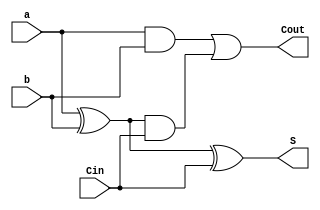
module FA(
    input a,
    input b,
    input Cin,
    output reg S,
    output reg Cout
);
    always @*
    begin
        S = a ^ b ^ Cin;
        Cout =  a&b | ((a^b) & Cin);
    end
endmodule

module RippleCarryAdder_16Bit(
	input [15:0]a,
	input [15:0]b,
	input Cin,
	output [15:0]S,
	output  Cout
);
	wire [16:0] Carry;
	wire [15:0] Sum;

	assign Carry[0]= Cin;
	genvar i;
		generate
			for(i = 0 ;i <16;i=i+1) begin
				FA BitAdder(a[i],b[i],Carry[i],S[i],Carry[i+1]);
			end
		endgenerate

	assign Cout = Carry[16];
endmodule 

module CarrySelectAdder(
	input wire [31:0] a,
	input wire [31:0] b,
	input wire Cin,
	output reg [31:0] S,
	output reg Cout,
	output wire Overflow
);
	wire Carry_select,Carry_upper_one,Carry_upper_zero;	
	wire [15:0] upper_S_one, upper_S_zero,lower_S;
	
	RippleCarryAdder_16Bit First_Nibble(
		.a(a[15:0]),
		.b(b[15:0]),
		.Cin(Cin),
		.S(lower_S),
		.Cout(Carry_select)
	);

	RippleCarryAdder_16Bit Second_Nibble_one(
		.a(a[31:16]),
		.b(b[31:16]),
		.Cin(1'b1),
		.S(upper_S_one),
		.Cout(Carry_upper_one)
	);

	RippleCarryAdder_16Bit Second_Nibble_zero(
		.a(a[31:16]),
		.b(b[31:16]),
		.Cin(1'b0),
		.S(upper_S_zero),
		.Cout(Carry_upper_zero)
	);

	assign Overflow = (a[31] == b[31]) & (a[31] != S[31]);

always @ *
begin
 	if(Carry_select == 1'b1)
	 begin
	  {Cout,S} = {Carry_upper_one,upper_S_one,lower_S};
	 end
	else if (Carry_select == 1'b0)
	begin
	 {Cout,S} = {Carry_upper_zero,upper_S_zero,lower_S};
	end
end

endmodule